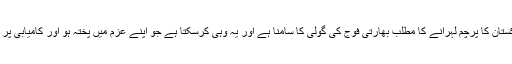
کشمیر میں پاکستان کا پرچم لہرانے کا مطلب بھارتی فوج کی گولی کا سامنا ہے اور یہ وہی کرسکتا ہے جو اپنے عزم میں پختہ ہو اور کامیابی پر یقین رکھتا ہو۔